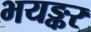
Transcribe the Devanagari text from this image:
भयङ्कर